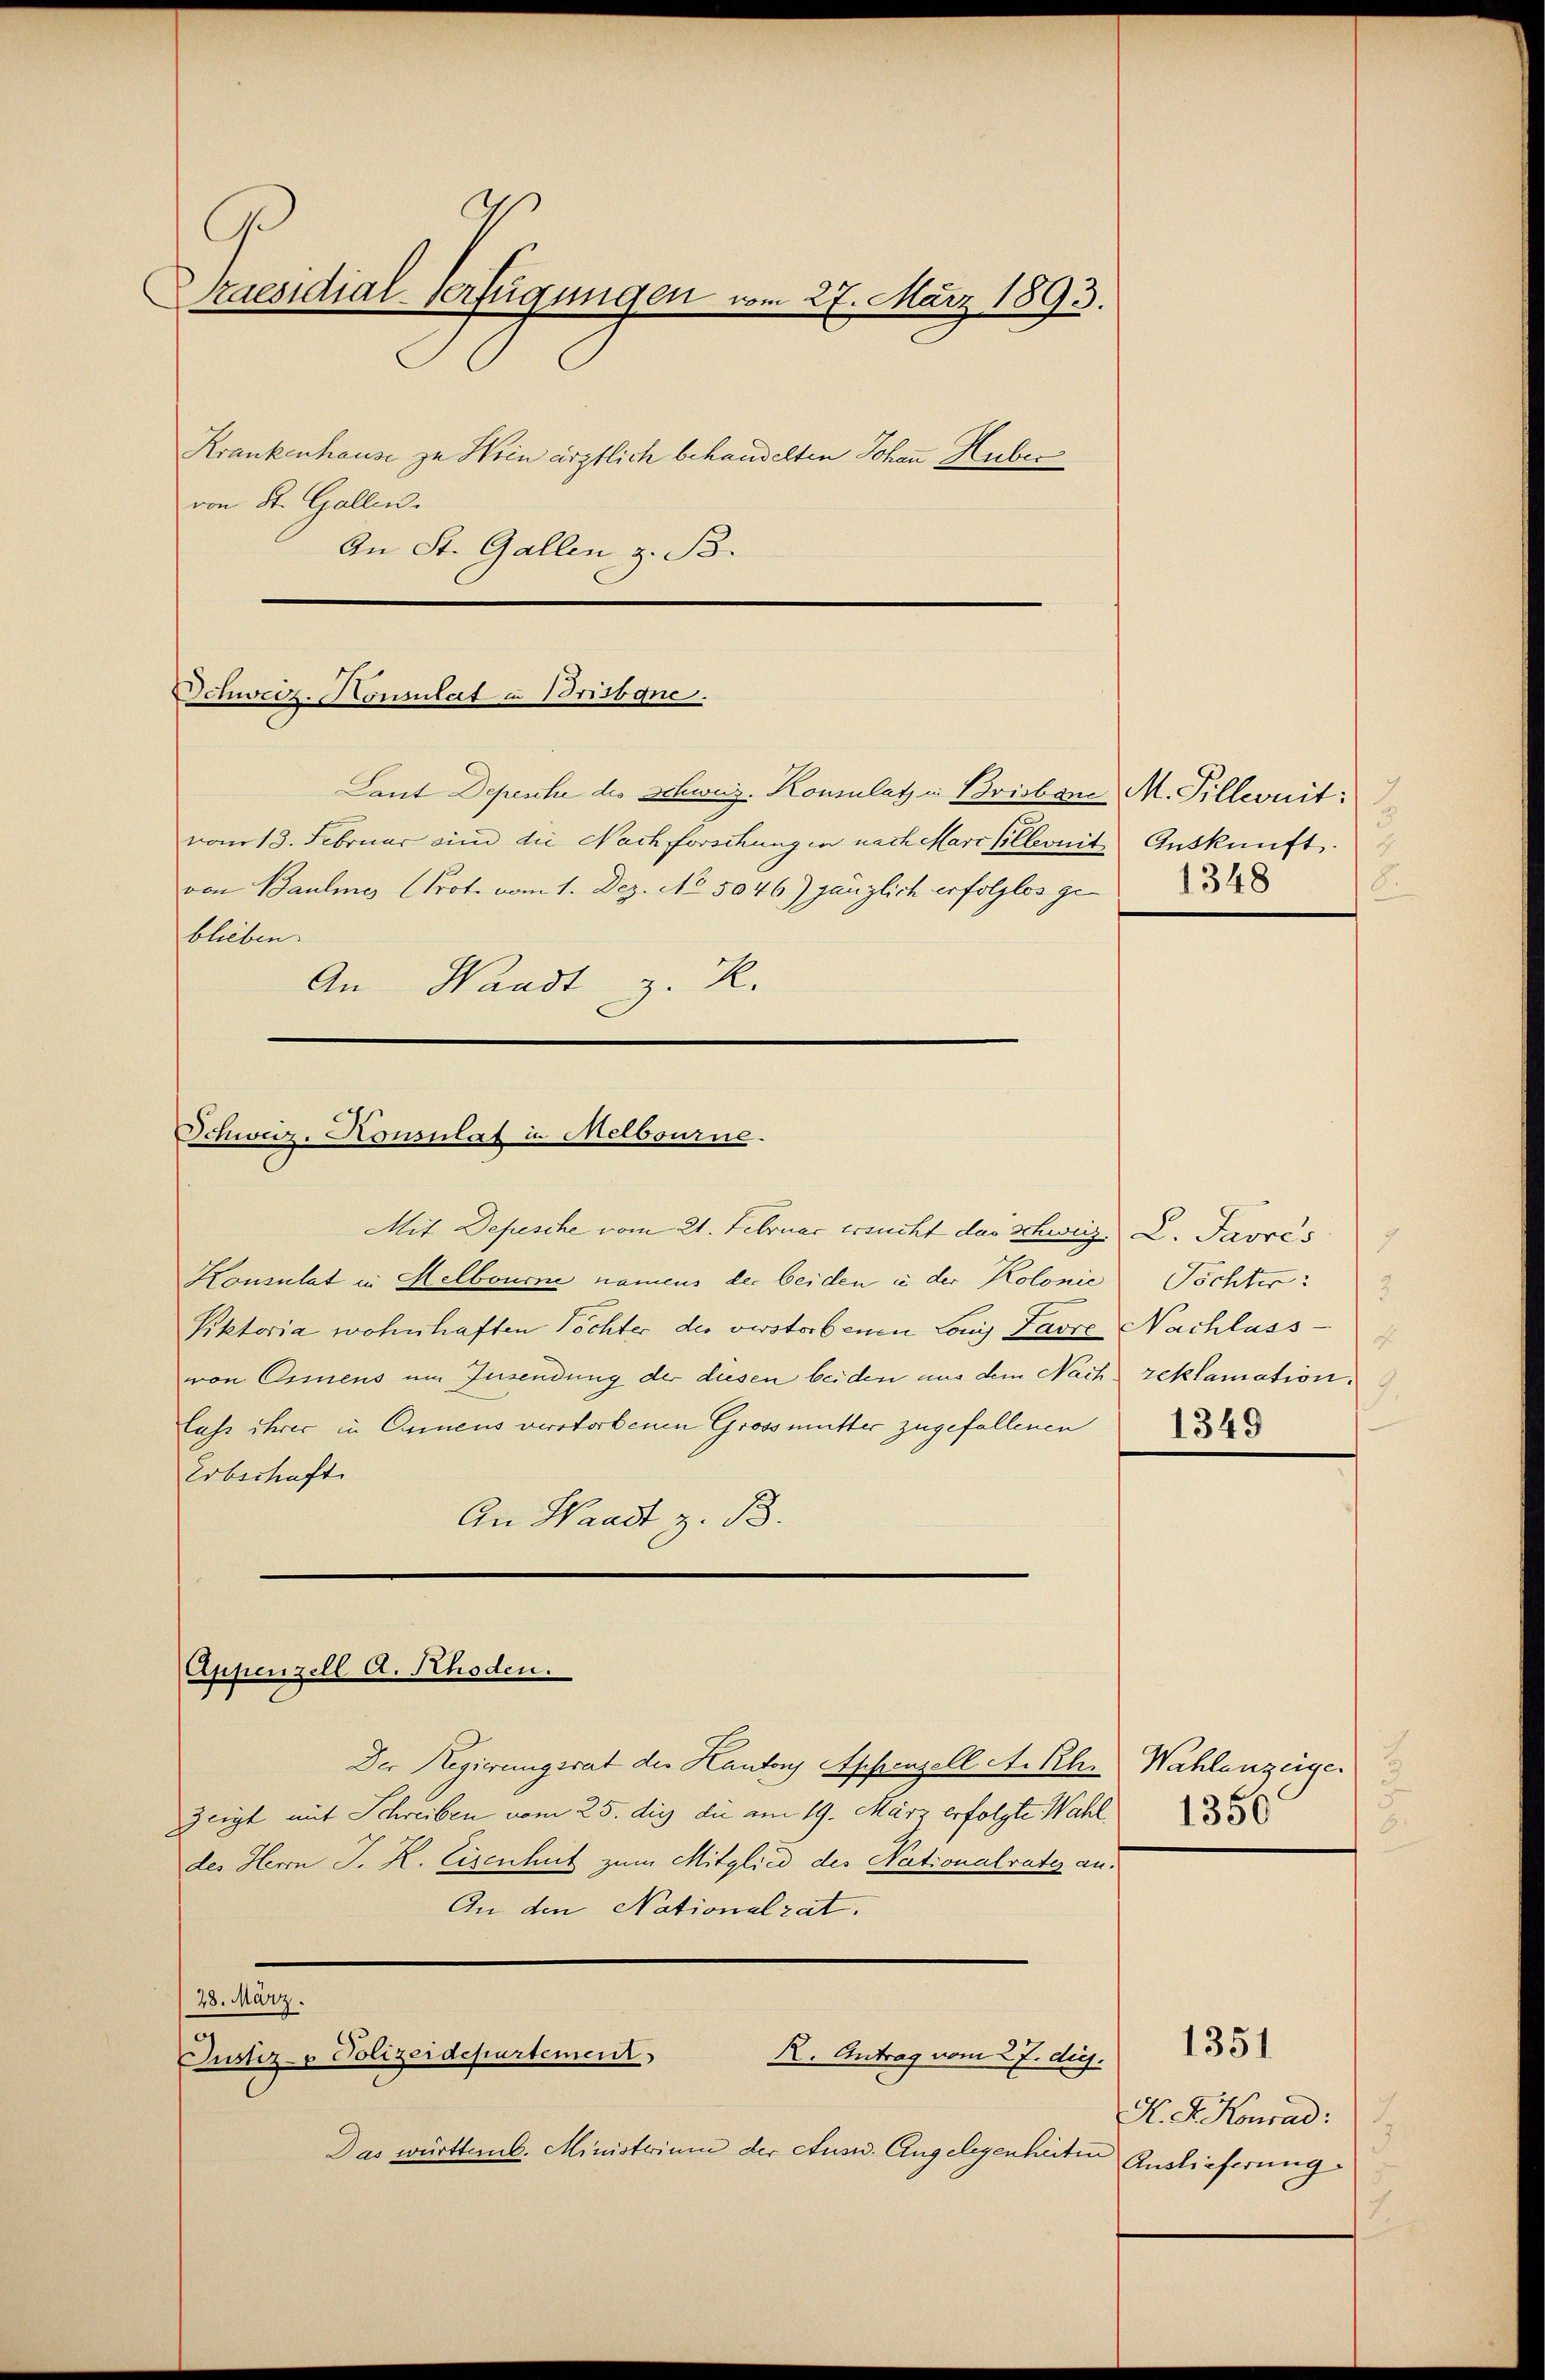
C
Praesidial-Verfügungen vom 27. März 1893.
Krankenhause zu Hoin ärztlich behandelten Johann Huber
von St. Gallen.
An St. Gallen, z. B.

Schweiz. Nonsulat u. Brisbgne.
Laut Depesche des Schweiz. Konsulatz in Brisbare M. Pilleuit:

Schweiz. Honsulat in Melbourne.

von Baumes Prot. vom 1. Dez. No 5046) gänzlich erfolglos ge-
blieben.
An Waadt z. R.

Appenzell A. Schoden.

vom 13. Februar um die Nachforschungen nach Mari Elleonitz Auskunft.

Mit Depesche vom 21. Februar ersucht das Schweiz. L. Javrés
Konsulat in Helbourne namens der beiden in der Kolonie Töchter:
Pktoria wohnhaften Töchter des verstorbenen Louis Favre Nachlass
von Osmens um Insendung der diesen beiden aus dem Nach reklamation.
lass ihrer in Camens verstorbenen Grossmutter zugefallenen
Erbschaft
An Waadt z. B.

Der Regierungsrat der Kantons Appenzell A. Rh. Wahlenzeiger
Zeigt mit Schreiben vom 25. die die am 19. März erfolgte Wahl
des Herrn J. R. Eisenhut zum Mitglied des Nationalrates an.
An den Nationalrat.
28. März.
Justiz- & Polizeidepartement
R. Antrag vom 27. d.
Das württemb. Ministerium der Ausw. Angelegenheiten Auslieferung

18.
1348

7.
2.
1349

1356

A. R. Konrad
3
2.

1351